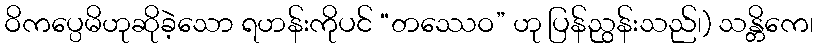
ဝိကပ္ပေမိဟုဆိုခဲ့သော ရဟန်းကိုပင် “တဿေဝ” ဟု ပြန်ညွန်းသည်၊) သန္တိကေ၊